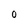
Character: O